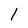
Character: l